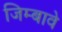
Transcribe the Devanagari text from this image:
जिम्बावे